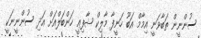
ސުންނީން ތަބާވަނީ އިމާމް އަބޫ ހަނީފާ މާލިކް ޝާފިޢީ ހަންބަލްއަށް އަދި ސުންނީނަކީ